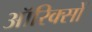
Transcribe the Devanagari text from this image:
ऑरिक्सों